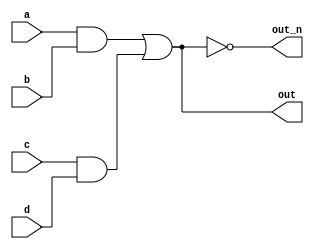
module top_module(
input a,
input b,
input c,
input d,
output out,
output out_n);


wire out_i;

assign out_i = (a & b) | (c & d);

assign out = out_i;
assign out_n = ~out_i;

localparam ENABLE_DATASOURCE_B = 0;
localparam ENABLE_DATASOURCE_A = 1;
wire output_bus_z_valid;
wire[3:0] output_bus_z_data;

assign output_bus_z_valid = (a_valid  & ENABLE_DATASOURCE_A) | 
                                (b_valid  & ENABLE_DATASOURCE_B);

assign output_bus_z_data = ENABLE_DATASOURCE_A ? a_data :
                            ENABLE_DATASOURCE_B ? b_data :
                            0;

endmodule